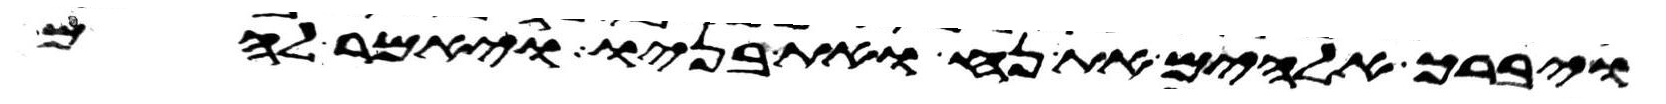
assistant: ויברך אלהים את נח ואת בניו ויאמר להם